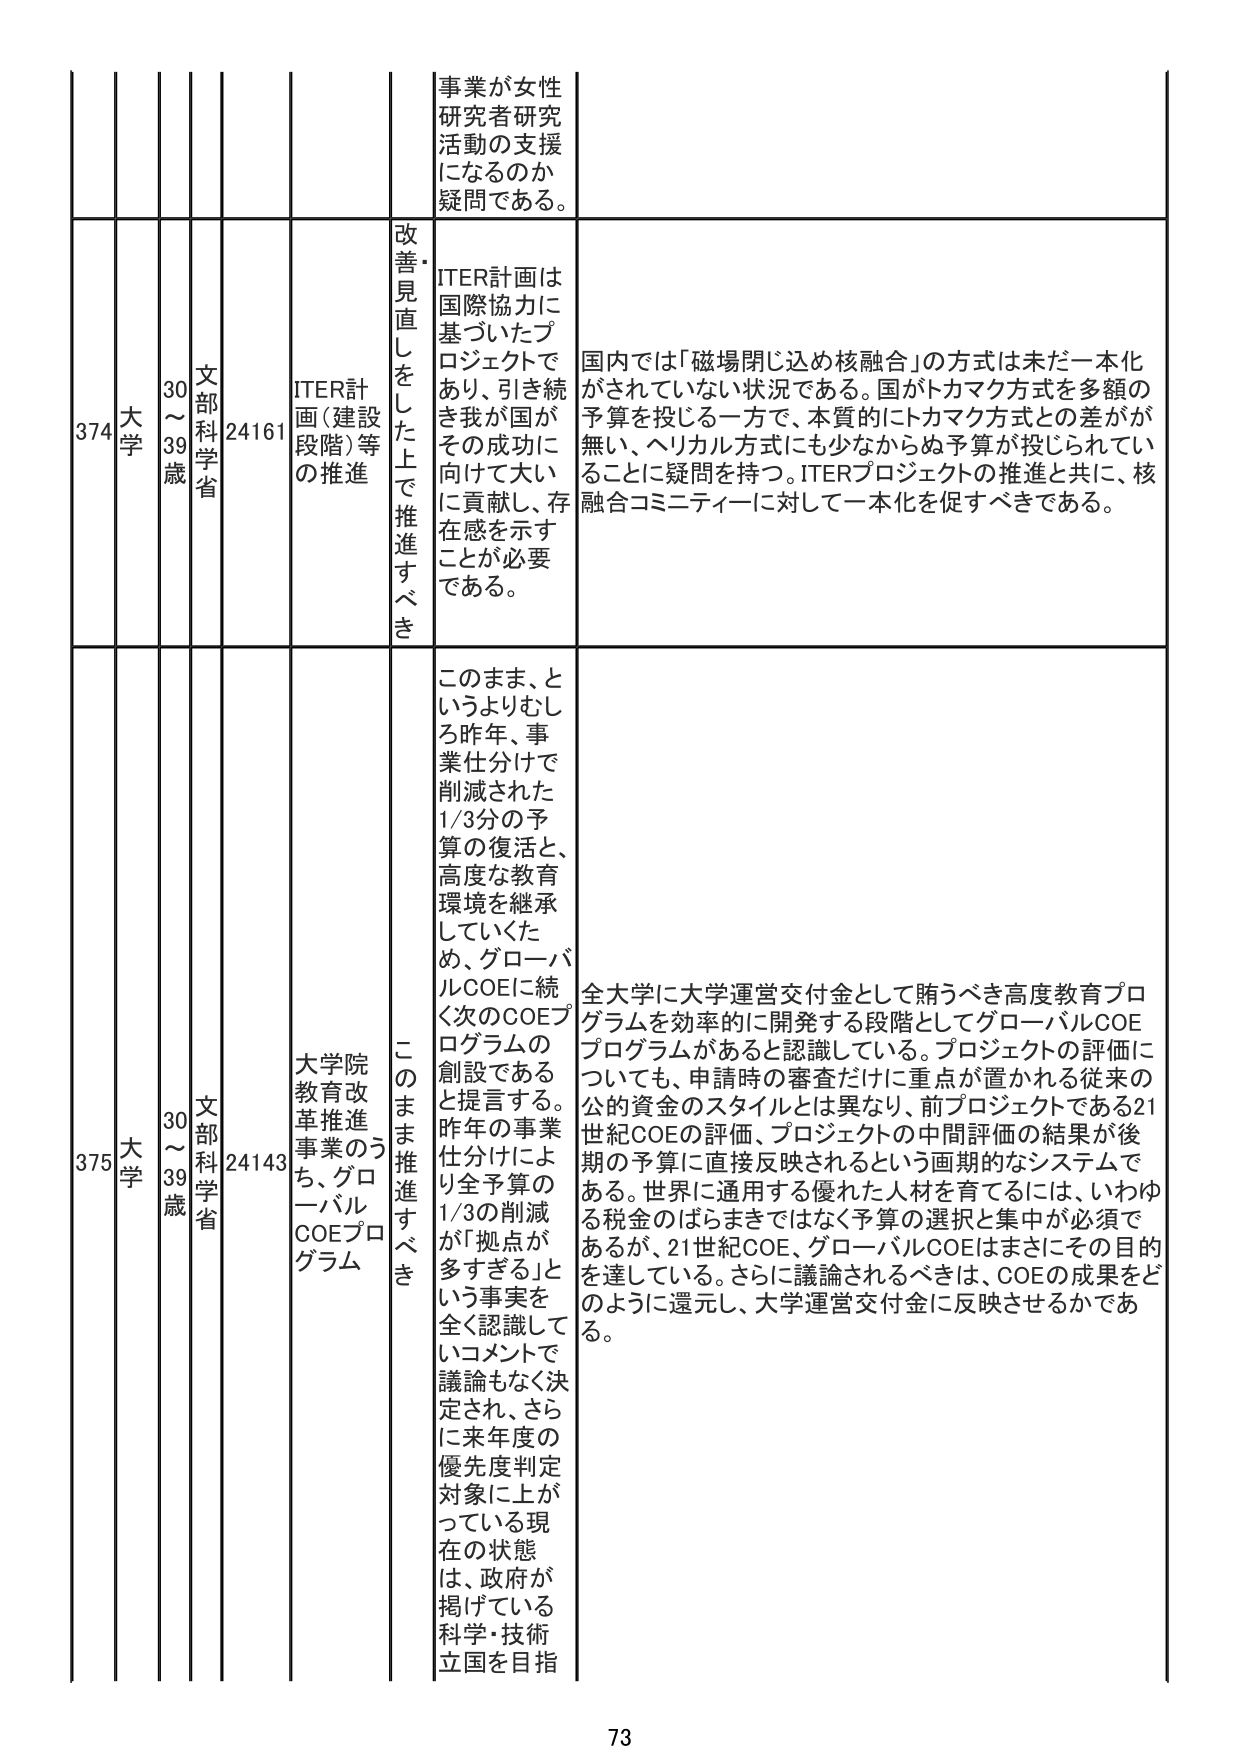
374 大学 30～39歳 文部科学省 24161 ITER計画（建設段階）等の推進 改善・見直しをした上で推進すべき 事業が女性研究者研究活動の支援になるのか疑問である。 ITER計画は国際協力に基づいたプロジェクトであり、引き続き我が国がその成功に向けて大いに貢献し、存在感を示すことが必要である。 国内では「磁場閉じ込め核融合」の方式は未だ一本化がされていない状況である。国がトカマク方式を多額の予算を投じる一方で、本質的にトカマク方式との差が無く、ヘリカル方式にも少なからぬ予算が投じられていることに疑問を持つ。ITERプロジェクトの推進と共に、核融合コミュニティに対して一本化を促すべきである。

375 大学 30～39歳 文部科学省 24143 大学院教育改革推進事業のうち、グローバルCOEプログラム このまま推進すべき このまま、というよりむしろ昨年、事業仕分けで削減された1/3分の予算の復活と、高度な教育環境を継承していきたため、グローバルCOEに続く次のCOEプログラムの創設であると提言する。昨年の事業仕分けにより全予算の1/3の削減が「拠点が多すぎる」という事実を全く認識していコメントで議論もなく決定され、さらに来年度の優先度判定対象に上がっている現在の状態は、政府が掲げている科学・技術立国を目指 全大学に大学運営交付金として賄うべき高度教育プログラムを効率的に開発する段階としてグローバルCOEプログラムがあると認識している。プロジェクトの評価についても、申請時の審査だけに重点が置かれる従来の公的資金のスタイルとは異なり、前プロジェクトである21世紀COEの評価、プロジェクトの中間評価の結果が後期の予算に直接反映されるという画期的なシステムである。世界に通用する優れた人材を育てるには、いわゆる税金のばらまきではなく予算の選択と集中が必須であるが、21世紀COE、グローバルCOEはまさにその目的を達している。さらに議論されるべきは、COEの成果をどのように還元し、大学運営交付金に反映させるかである。

73